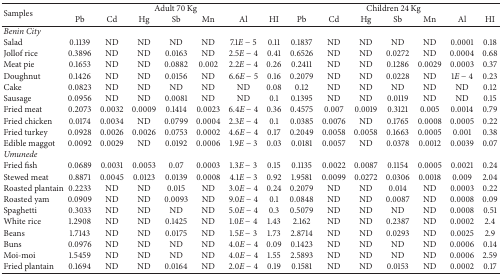
<table><thead><tr><td rowspan="2"><b>Samples</b></td><td colspan="7"><b>Adult 70 Kg</b></td><td colspan="7"><b>Children 24 Kg</b></td></tr><tr><td><b>Pb</b></td><td><b>Cd</b></td><td><b>Hg</b></td><td><b>Sb</b></td><td><b>Mn</b></td><td><b>Al</b></td><td><b>HI</b></td><td><b>Pb</b></td><td><b>Cd</b></td><td><b>Hg</b></td><td><b>Sb</b></td><td><b>Mn</b></td><td><b>Al</b></td><td><b>HI</b></td></tr></thead><tbody><tr><td><i>Benin City</i></td><td> </td><td> </td><td> </td><td> </td><td> </td><td> </td><td> </td><td> </td><td> </td><td> </td><td> </td><td> </td><td> </td><td> </td></tr><tr><td>Salad</td><td>0.1139</td><td>ND</td><td>ND</td><td>ND</td><td>ND</td><td>7.1<i>E</i> − 5</td><td>0.11</td><td>0.1837</td><td>ND</td><td>ND</td><td>ND</td><td>ND</td><td>0.0001</td><td>0.18</td></tr><tr><td>Jollof rice</td><td>0.3896</td><td>ND</td><td>ND</td><td>0.0163</td><td>ND</td><td>2.5<i>E</i> − 4</td><td>0.41</td><td>0.6526</td><td>ND</td><td>ND</td><td>0.0272</td><td>ND</td><td>0.0004</td><td>0.68</td></tr><tr><td>Meat pie</td><td>0.1653</td><td>ND</td><td>ND</td><td>0.0882</td><td>0.002</td><td>2.2<i>E</i> − 4</td><td>0.26</td><td>0.2411</td><td>ND</td><td>ND</td><td>0.1286</td><td>0.0029</td><td>0.0003</td><td>0.37</td></tr><tr><td>Doughnut</td><td>0.1426</td><td>ND</td><td>ND</td><td>0.0156</td><td>ND</td><td>6.6<i>E</i> − 5</td><td>0.16</td><td>0.2079</td><td>ND</td><td>ND</td><td>0.0228</td><td>ND</td><td>1<i>E</i> − 4</td><td>0.23</td></tr><tr><td>Cake</td><td>0.0823</td><td>ND</td><td>ND</td><td>ND</td><td>ND</td><td>ND</td><td>0.08</td><td>0.12</td><td>ND</td><td>ND</td><td>ND</td><td>ND</td><td>ND</td><td>0.12</td></tr><tr><td>Sausage</td><td>0.0956</td><td>ND</td><td>ND</td><td>0.0081</td><td>ND</td><td>ND</td><td>0.1</td><td>0.1395</td><td>ND</td><td>ND</td><td>0.0119</td><td>ND</td><td>ND</td><td>0.15</td></tr><tr><td>Fried meat</td><td>0.2073</td><td>0.0032</td><td>0.0009</td><td>0.1414</td><td>0.0023</td><td>6.4<i>E</i> − 4</td><td>0.36</td><td>0.4575</td><td>0.007</td><td>0.0019</td><td>0.3121</td><td>0.005</td><td>0.0014</td><td>0.79</td></tr><tr><td>Fried chicken</td><td>0.0174</td><td>0.0034</td><td>ND</td><td>0.0799</td><td>0.0004</td><td>2.3<i>E</i> − 4</td><td>0.1</td><td>0.0385</td><td>0.0076</td><td>ND</td><td>0.1765</td><td>0.0008</td><td>0.0005</td><td>0.22</td></tr><tr><td>Fried turkey</td><td>0.0928</td><td>0.0026</td><td>0.0026</td><td>0.0753</td><td>0.0002</td><td>4.6<i>E</i> − 4</td><td>0.17</td><td>0.2049</td><td>0.0058</td><td>0.0058</td><td>0.1663</td><td>0.0005</td><td>0.001</td><td>0.38</td></tr><tr><td>Edible maggot</td><td>0.0092</td><td>0.0029</td><td>ND</td><td>0.0192</td><td>0.0006</td><td>1.9<i>E</i> − 3</td><td>0.03</td><td>0.0181</td><td>0.0057</td><td>ND</td><td>0.0378</td><td>0.0012</td><td>0.0039</td><td>0.07</td></tr><tr><td><i>Umunede</i></td><td> </td><td> </td><td> </td><td> </td><td> </td><td> </td><td> </td><td> </td><td> </td><td> </td><td> </td><td> </td><td> </td><td> </td></tr><tr><td>Fried fish</td><td>0.0689</td><td>0.0031</td><td>0.0053</td><td>0.07</td><td>0.0003</td><td>1.3<i>E</i> − 3</td><td>0.15</td><td>0.1135</td><td>0.0022</td><td>0.0087</td><td>0.1154</td><td>0.0005</td><td>0.0021</td><td>0.24</td></tr><tr><td>Stewed meat</td><td>0.8871</td><td>0.0045</td><td>0.0123</td><td>0.0139</td><td>0.0008</td><td>4.1<i>E</i> − 3</td><td>0.92</td><td>1.9581</td><td>0.0099</td><td>0.0272</td><td>0.0306</td><td>0.0018</td><td>0.009</td><td>2.04</td></tr><tr><td>Roasted plantain</td><td>0.2233</td><td>ND</td><td>ND</td><td>0.015</td><td>ND</td><td>3.0<i>E</i> − 4</td><td>0.24</td><td>0.2079</td><td>ND</td><td>ND</td><td>0.014</td><td>ND</td><td>0.0003</td><td>0.22</td></tr><tr><td>Roasted yam</td><td>0.0909</td><td>ND</td><td>ND</td><td>0.0093</td><td>ND</td><td>9.0<i>E</i> − 4</td><td>0.1</td><td>0.0848</td><td>ND</td><td>ND</td><td>0.0087</td><td>ND</td><td>0.0008</td><td>0.09</td></tr><tr><td>Spaghetti</td><td>0.3033</td><td>ND</td><td>ND</td><td>ND</td><td>ND</td><td>5.0<i>E</i> − 4</td><td>0.3</td><td>0.5079</td><td>ND</td><td>ND</td><td>ND</td><td>ND</td><td>0.0008</td><td>0.51</td></tr><tr><td>White rice</td><td>1.2908</td><td>ND</td><td>ND</td><td>0.1425</td><td>ND</td><td>1.0<i>E</i> − 4</td><td>1.43</td><td>2.162</td><td>ND</td><td>ND</td><td>0.2387</td><td>ND</td><td>0.0002</td><td>2.4</td></tr><tr><td>Beans</td><td>1.7143</td><td>ND</td><td>ND</td><td>0.0175</td><td>ND</td><td>1.5<i>E</i> − 3</td><td>1.73</td><td>2.8714</td><td>ND</td><td>ND</td><td>0.0293</td><td>ND</td><td>0.0025</td><td>2.9</td></tr><tr><td>Buns</td><td>0.0976</td><td>ND</td><td>ND</td><td>ND</td><td>ND</td><td>4.0<i>E</i> − 4</td><td>0.09</td><td>0.1423</td><td>ND</td><td>ND</td><td>ND</td><td>ND</td><td>0.0006</td><td>0.14</td></tr><tr><td>Moi-moi</td><td>1.5459</td><td>ND</td><td>ND</td><td>ND</td><td>ND</td><td>4.0<i>E</i> − 4</td><td>1.55</td><td>2.5893</td><td>ND</td><td>ND</td><td>ND</td><td>ND</td><td>0.0006</td><td>2.59</td></tr><tr><td>Fried plantain</td><td>0.1694</td><td>ND</td><td>ND</td><td>0.0164</td><td>ND</td><td>2.0<i>E</i> − 4</td><td>0.19</td><td>0.1581</td><td>ND</td><td>ND</td><td>0.0153</td><td>ND</td><td>0.0002</td><td>0.17</td></tr></tbody></table>